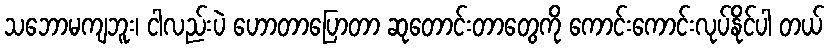
သဘောမကျဘူး၊ ငါလည်းပဲ ဟောတာပြောတာ ဆုတောင်းတာတွေကို ကောင်းကောင်းလုပ်နိုင်ပါ တယ်